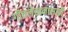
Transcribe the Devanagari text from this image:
गीतलेखनासाठी